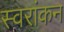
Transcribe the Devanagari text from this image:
स्वरांकन